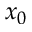
x _ { 0 }